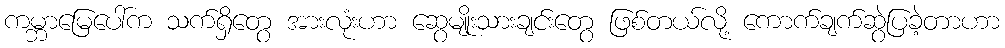
ကမ္ဘာမြေပေါ်က သက်ရှိတွေ အားလုံးဟာ ဆွေမျိုးသားချင်းတွေ ဖြစ်တယ်လို့ ကောက်ချက်ဆွဲပြခဲ့တာဟာ